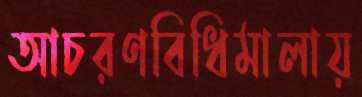
আচরণবিধিমালায়